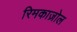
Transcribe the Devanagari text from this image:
रिमकाज़ोल